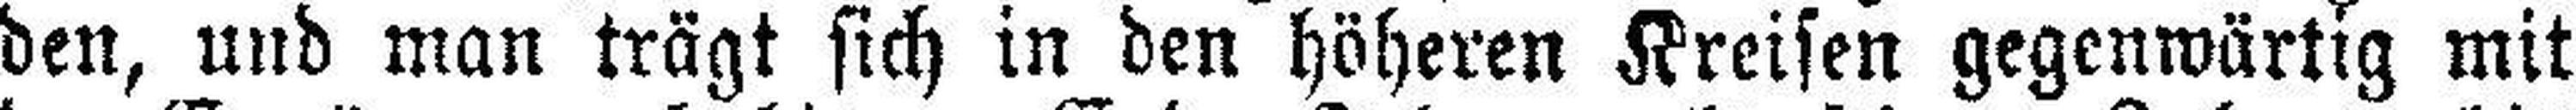
den, und man trägt sich in den höheren Kreisen gegenwärtig mit